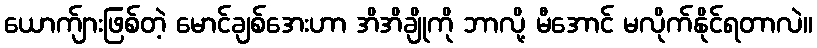
ယောက်ျားဖြစ်တဲ့ မောင်ချစ်အေးဟာ အိအိချိုကို ဘာလို့ မီအောင် မလိုက်နိုင်ရတာလဲ။